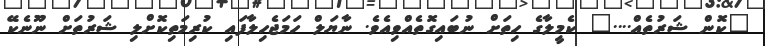
"ކޮން ޝަރުތެއް...." ކެމީލާގެ ހިތަށް ނުބައިގޮތެއްވިއެވެ. ނާޔަލް ހަމަޖެހިލާފައި ކުރިމަތިކޮށްލި ޝަރުތަށް ނޫނެކޭ